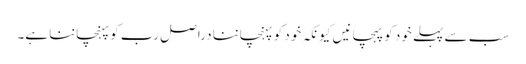
سب سے پہلے خود کو پہچانیں کیونکہ خود کو پہنچاننا دراصل رب کو پہنچاننا ہے۔